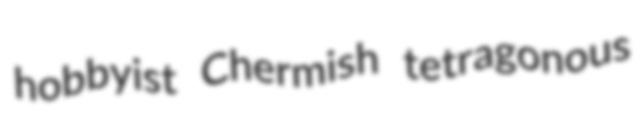
hobbyist Chermish tetragonous